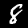
Digit: 8